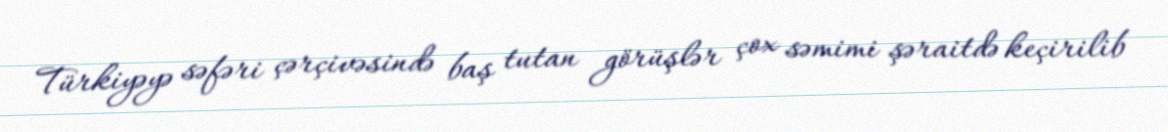
Türkiyəyə səfəri çərçivəsində baş tutan görüşlər çox səmimi şəraitdə keçirilib